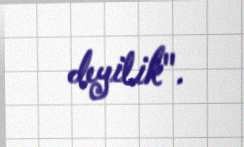
deyilik".